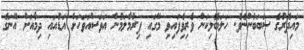
މައިދޮރުގެ ސަބަބުންނެވެ. ހަލަބޮލިކަން ވެރިވިެފައިވި މޭގައި ފިރުމާލަމުން އަވަސްއަވަހަށް އަޑުއައި ދިމާއަށް އޭނަގެ